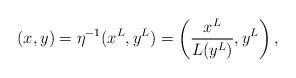
LaTeX: \begin{align*}(x,y) = \eta^{-1}(x^L, y^L) = \left(\frac{x^L}{L(y^L)}, y^L\right),\end{align*}